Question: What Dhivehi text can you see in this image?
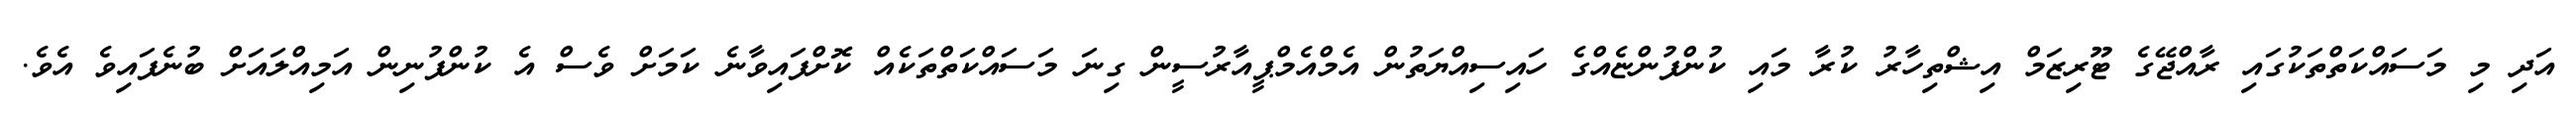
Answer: އަދި މި މަސައްކަތްތަކުގައި ރާއްޖޭގެ ޓޫރިޒަމް އިޝްތިހާރު ކުރާ މައި ކުންފުންޏެއްގެ ހައިސިއްޔަތުން އެމްއެމްޕީއާރުސީން ގިނަ މަސައްކަތްތަކެއް ކޮށްފައިވާނެ ކަމަށް ވެސް އެ ކުންފުނިން އަމިއްލައަށް ބުނެފައިވެ އެވެ.